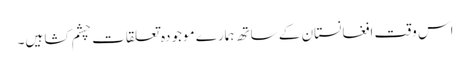
اس وقت افغانستان کے ساتھ ہمارے موجودہ تعلقات چشم کشا ہیں۔